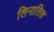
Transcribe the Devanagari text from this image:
लिनालिल